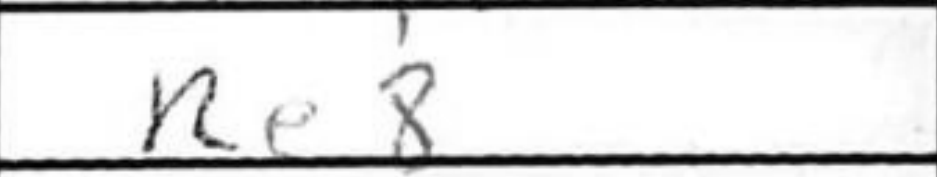
Transcription: Re8